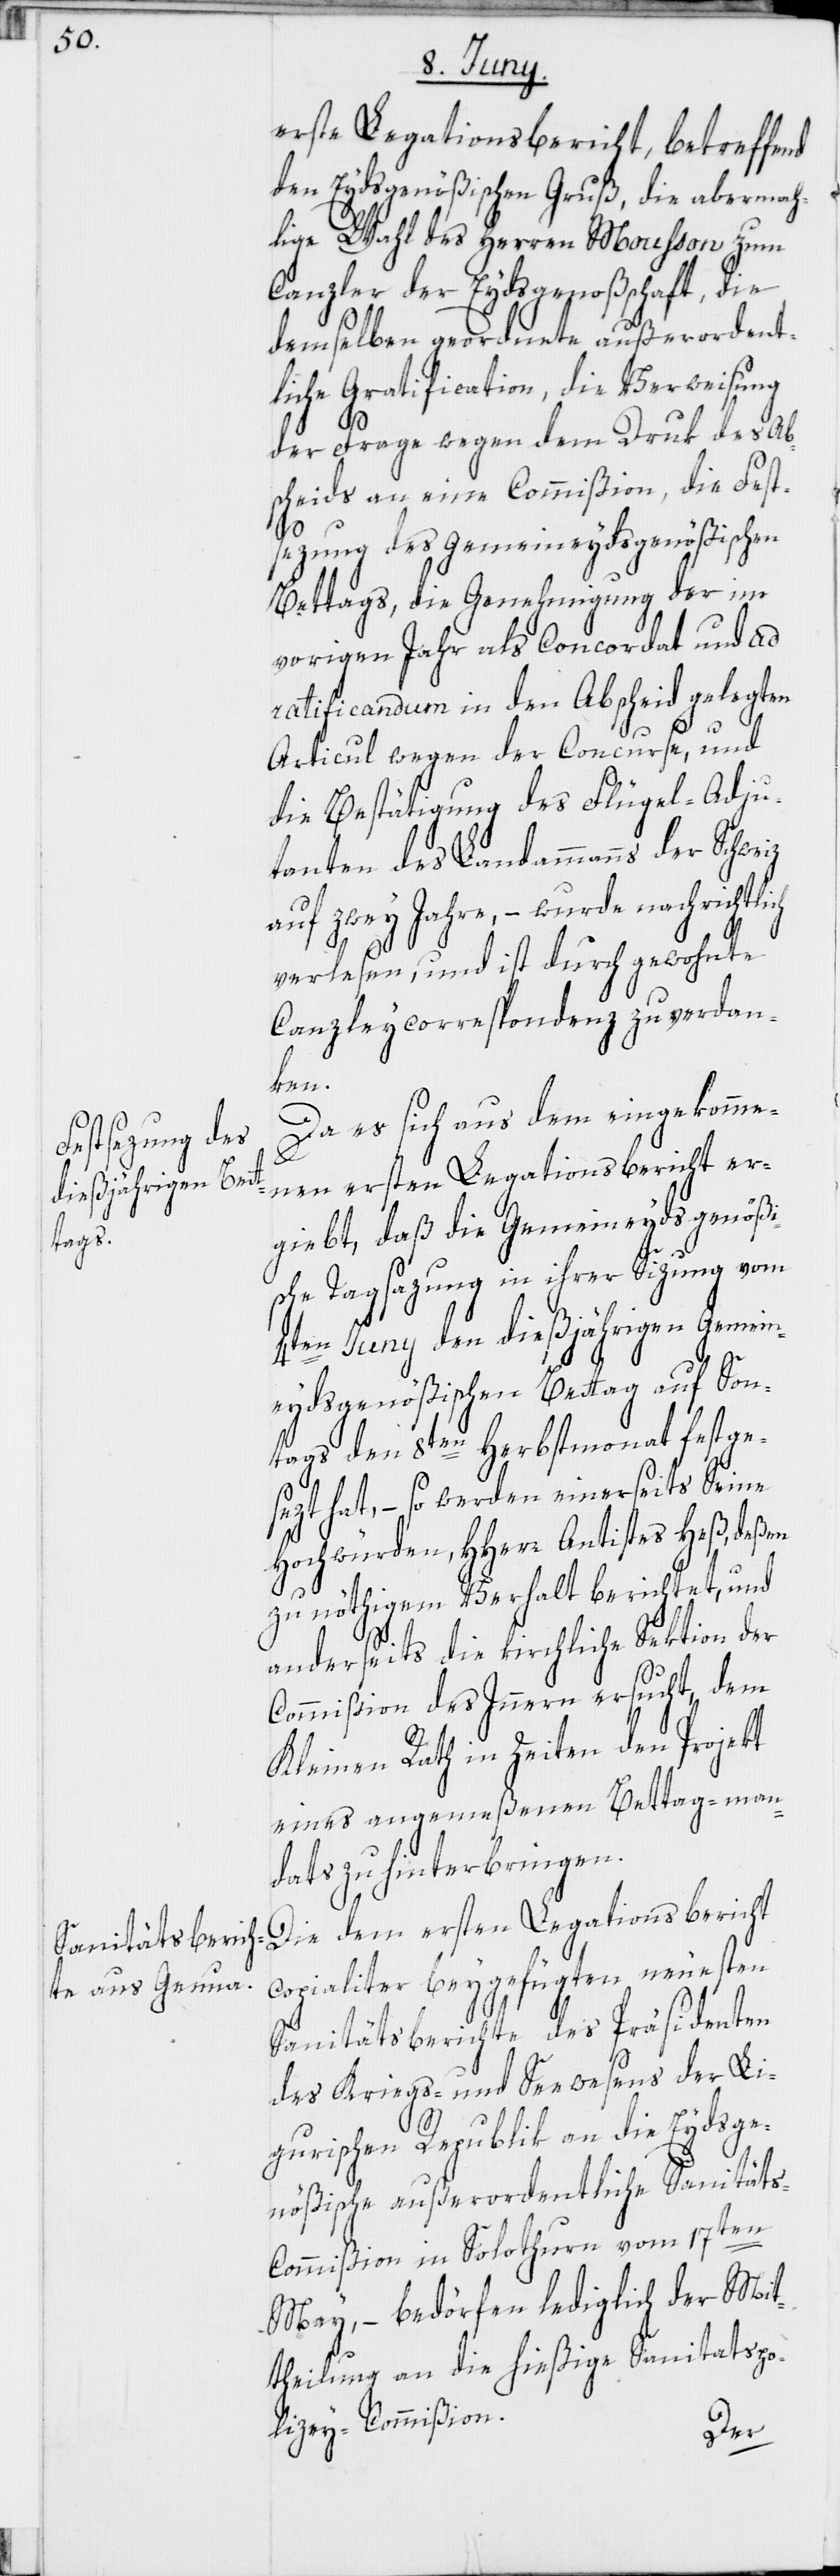
erste Legationsbericht, betreffend
den Eydsgenößischen Gruß, die abermah¬
lige Wahl des Herren Mousson zum
Canzler der Eydsgenoßschaft, die
demselben geordnete außerordent¬
liche Gratification, die Verweisung
der Frage wegen dem Druk des Ab¬
scheids an eine Commißion, die Fest¬
sezung des Gemeineydsgenößischen
Bettags, die Genehmigung der im
vorigen Jahr als Concordat und ad
ratificandum in den Abscheid gelegten
Articul wegen der Concurse, und
die Bestätigung des Flügel-Adju¬
tanten des Landammanns der
auf zwey Jahre, – wurde nachrichtlich
verlesen, und ist durch gewohnte
Canzleycorrespondenz zu verdan¬
ken.
Da es sich aus dem eingekomme¬
nen ersten Legationsbericht er¬
giebt, daß die Gemeineydsgenößi¬
sche Tagsazung in ihrer Sizung vom
4ten Juny den dießjährigen Gemein¬
eydsgenößischen Bettag auf Son¬
tags den 8ten Herbstmonat festge¬
sezt hat, – so werden einerseits Seine
Hochwürden, HHerr Antistes Heß, deßen
zu nöthigem Verhalt berichtet, und
anderseits die kirchliche Sektion der
Commißion des Innern ersucht, dem
Kleinen Rath in Zeiten den Projekt
eines angemeßenen Bettag-man¬
dats zu hinterbringen.
Die dem ersten Legationsbericht
copialiter beygefügten neuesten
Sanitätsberichte des Präsidenten
des Kriegs- und Seewesens der Li¬
gurischen Republik an die Eydsge¬
nößische außerordentliche Sanitäts-C¬
ommißion in Solothurn vom 17ten
May, – bedörfen lediglich der Mit¬
theilung an die hießige Sanitätspo¬
lizey-Commißion.